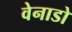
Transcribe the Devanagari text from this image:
वेनाडो